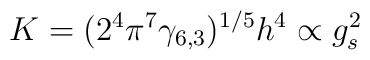
K =(2^4 \pi^7 \gamma_{6,3}  )^{1/5} h^{4} \propto g_s^2